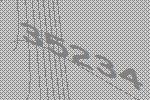
35234